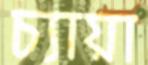
চ্যায়া